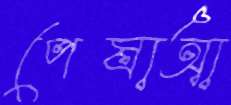
পেষাআ